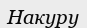
Накуру